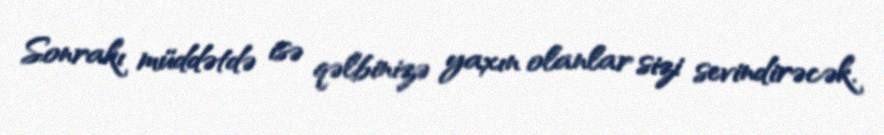
Sonrakı müddətdə isə qəlbinizə yaxın olanlar sizi sevindirəcək.